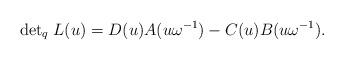
LaTeX: \begin{align*}{\det}_{q} \; L(u) = D(u)A(u \omega^{-1}) - C(u)B(u \omega^{-1}).\end{align*}